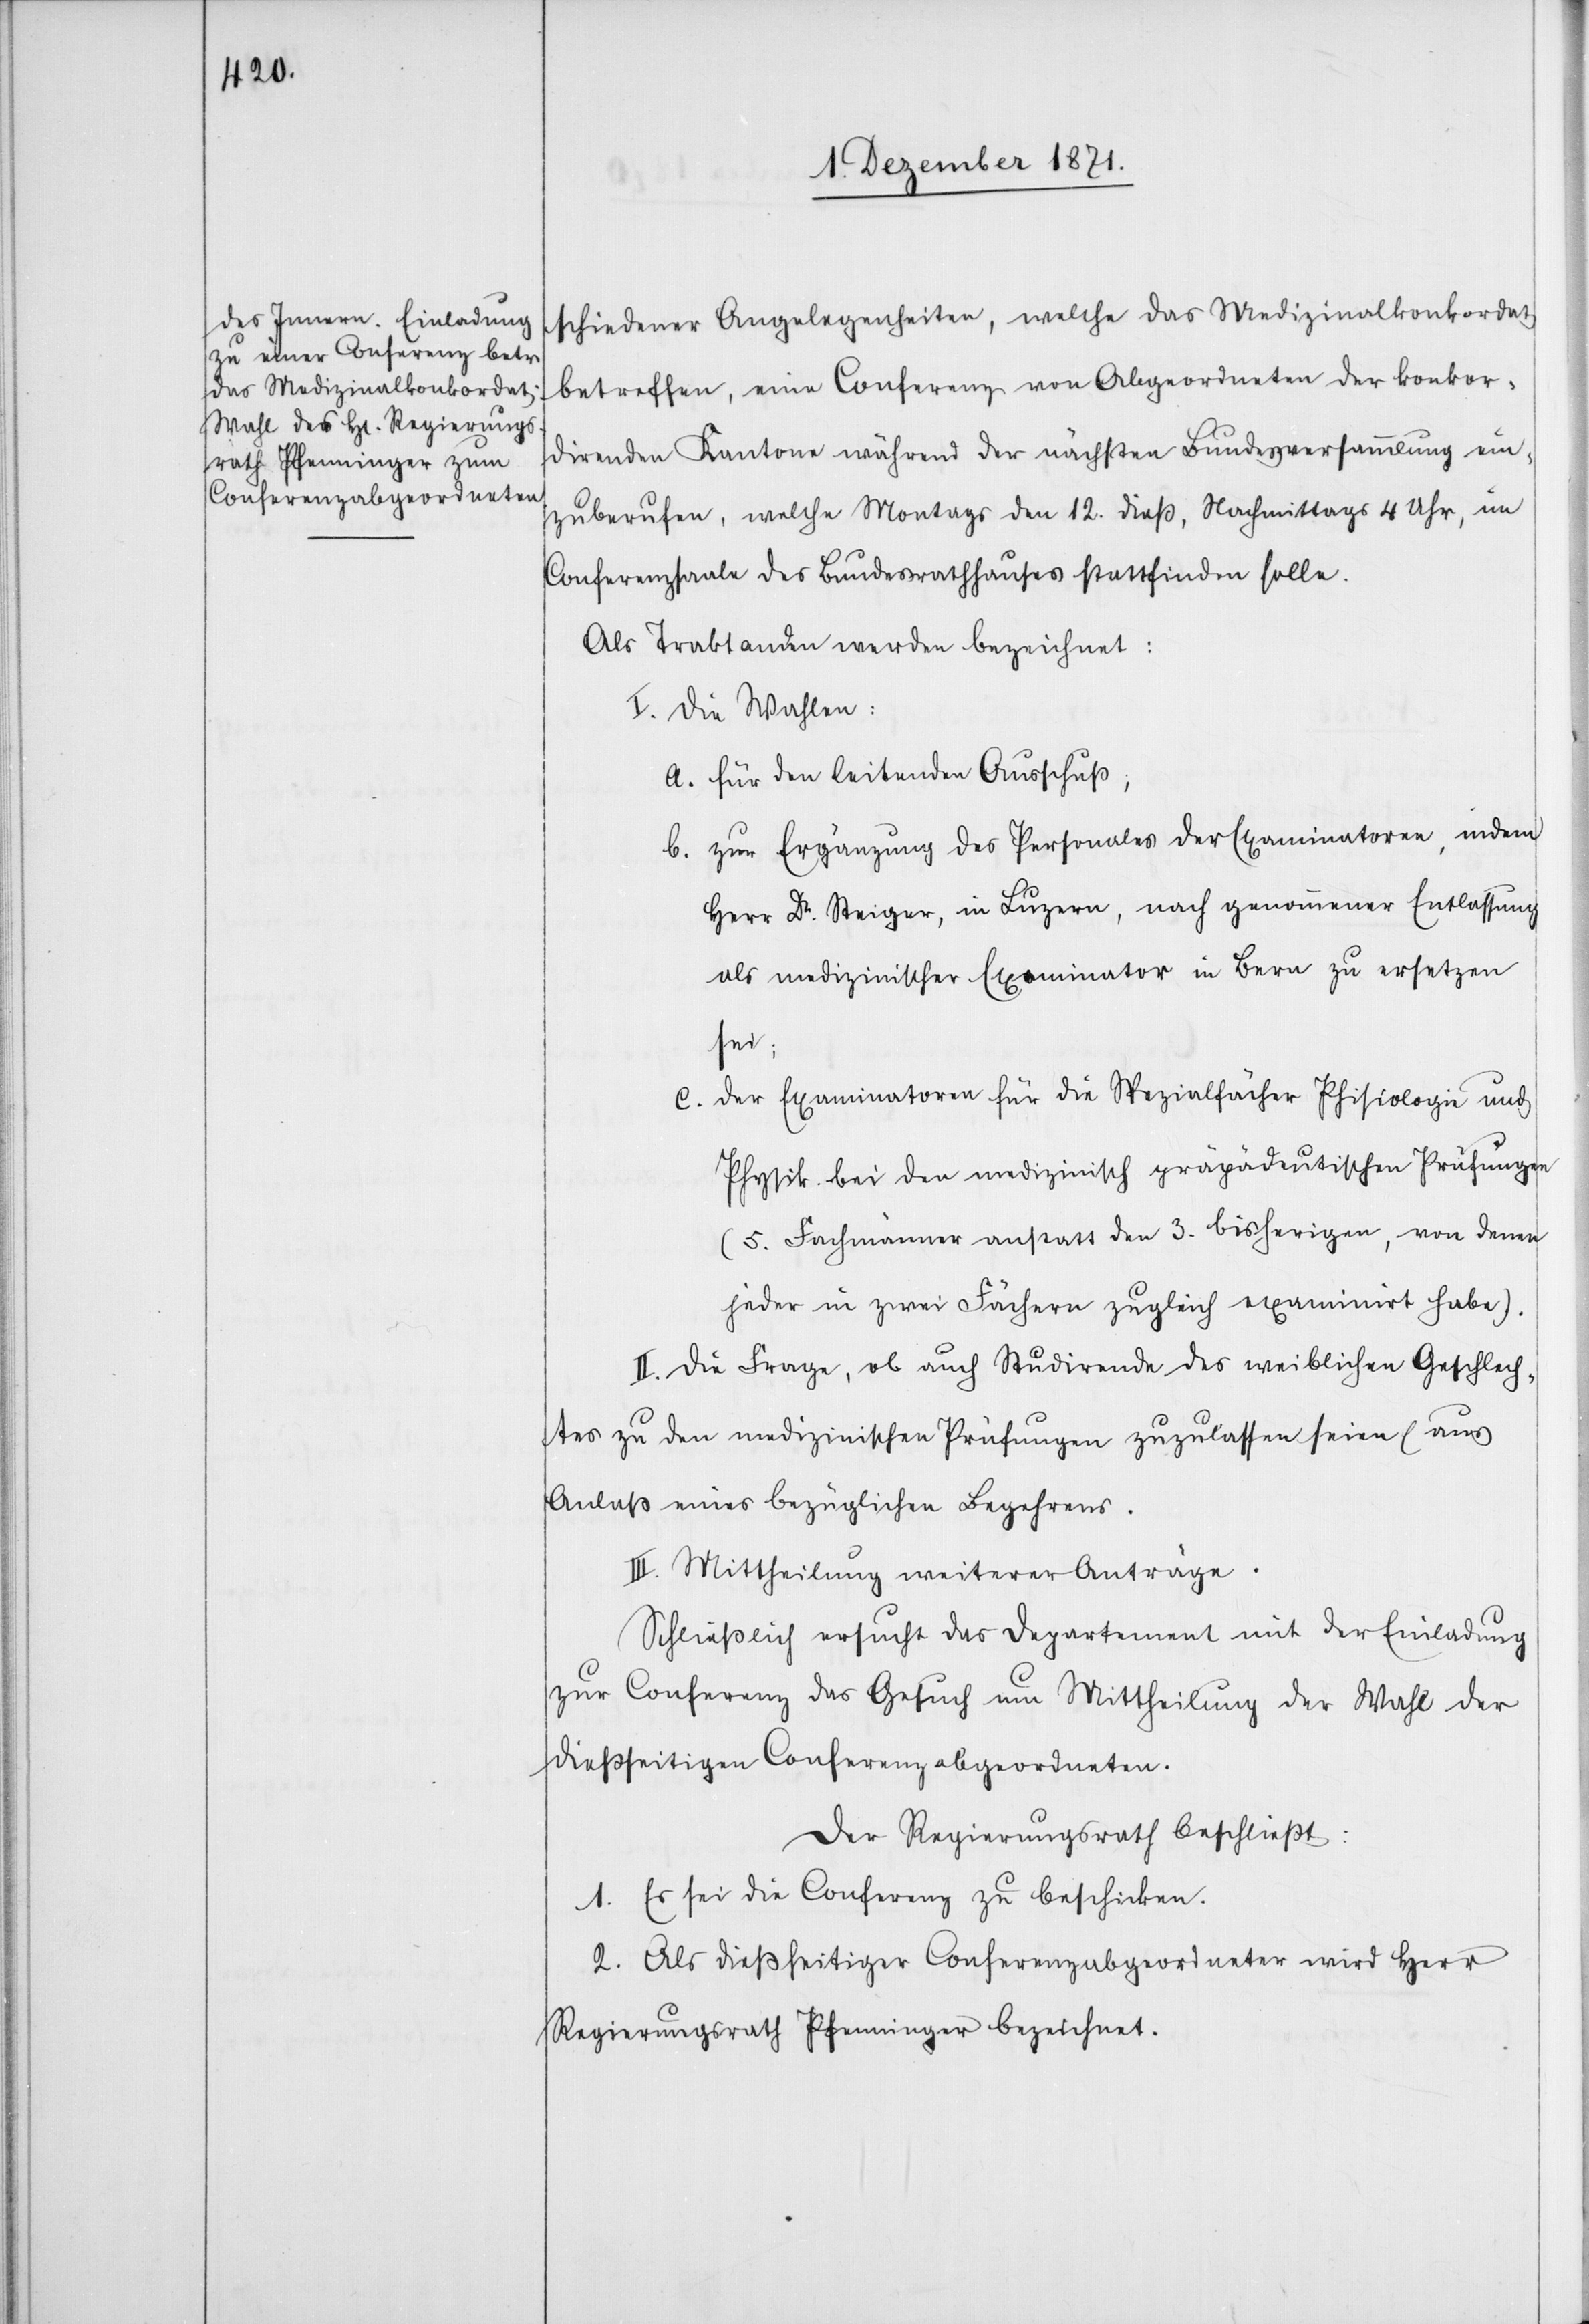
schiedener Angelegenheiten, welche das Medizinalkonkordat
betreffen, eine Conferenz von Abgeordneten der konkor¬
direnden Kantone während der nächsten Bundesversammlung ein¬
zuberufen, welche Montags den 12. dieß, Nachmittags 4 Uhr, im
Conferenzsaale des Bundesrathhauses stattfinden solle.
Als Traktanden werden bezeichnet:
I. Die Wahlen:
a. für den leitenden Ausschuß;
b. zur Ergänzung des Personals der Examinatoren, indem
Herr Dr. Steiger, in Luzern, nach genommener Entlassung
als medizinischer Examinator in Bern zu ersetzen
sei;
c. der Examinatoren für die Spezialfächer Philologie und
Physik bei den medizinisch präpädeutischen Prüfungen
(5. Fachmänner anstatt den 3. bisherigen, von denen
jeder in zwei Fächern zugleich examinirt habe).
II. Die Frage, ob auch Studirende des weiblichen Geschlech¬
tes zu den medizinischen Prüfungen zugelassen seien (aus
Anlaß eines bezüglichen Begehrens[)].
III. Mittheilung weiterer Anträge.
Schließlich ersucht das Departement mit der Einladung
zur Conferenz das Gesuch um Mittheilung der Wahl der
dießseitigen Conferenzabgeordneten.
Der Regierungsrath beschließt:
1. Es sei die Conferenz zu beschicken.
2. Als dießseitiger Conferenzabgeordneter wird Herr
Regierungsrath Pfenninger bezeichnet.